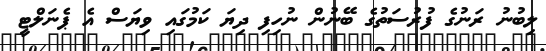
ލިބުނު ރަނުގެ ފުރުސަތުގެ ބޭނުން ނުހިފި ދިޔަ ކަމުގައި ވިޔަސް އެ ޕެނަލްޓީ